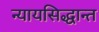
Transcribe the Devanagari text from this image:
न्यायसिद्धान्त